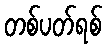
တစ်ပတ်ရစ်